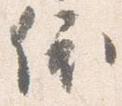
依